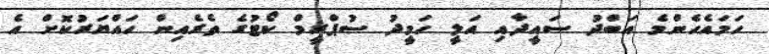
ހަމައެހެންމެ އަބްދު ސައީދާއި އަލީ ހަމީދު ސުޕްރީމް ކޯޓުގެ ތެރެއިން ހައްޔަރުކޮށް އެ